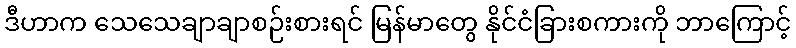
ဒီဟာက သေသေချာချာစဉ်းစားရင် မြန်မာတွေ နိုင်ငံခြားစကားကို ဘာကြောင့်